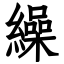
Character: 繰